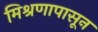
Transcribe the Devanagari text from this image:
मिश्रणापासून